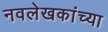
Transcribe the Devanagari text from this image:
नवलेखकांच्या